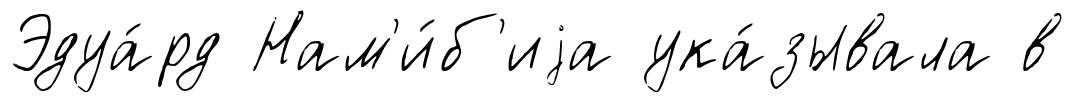
Эдуа́рд Нам'и́б'иjа ука́зывала в